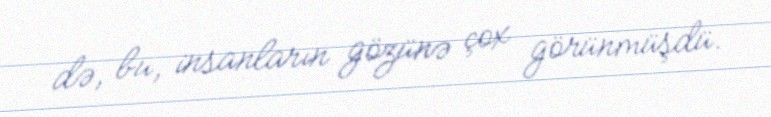
də, bu, insanların gözünə çox görünmüşdü.